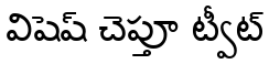
విషెష్ చెప్తూ ట్వీట్